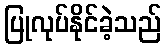
ပြုလုပ်နိုင်ခဲ့သည်